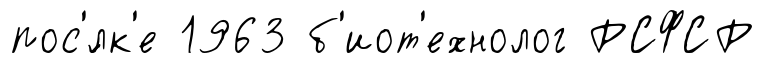
пос'́лк'е 1963 б'иот'ехнолог РСФСР